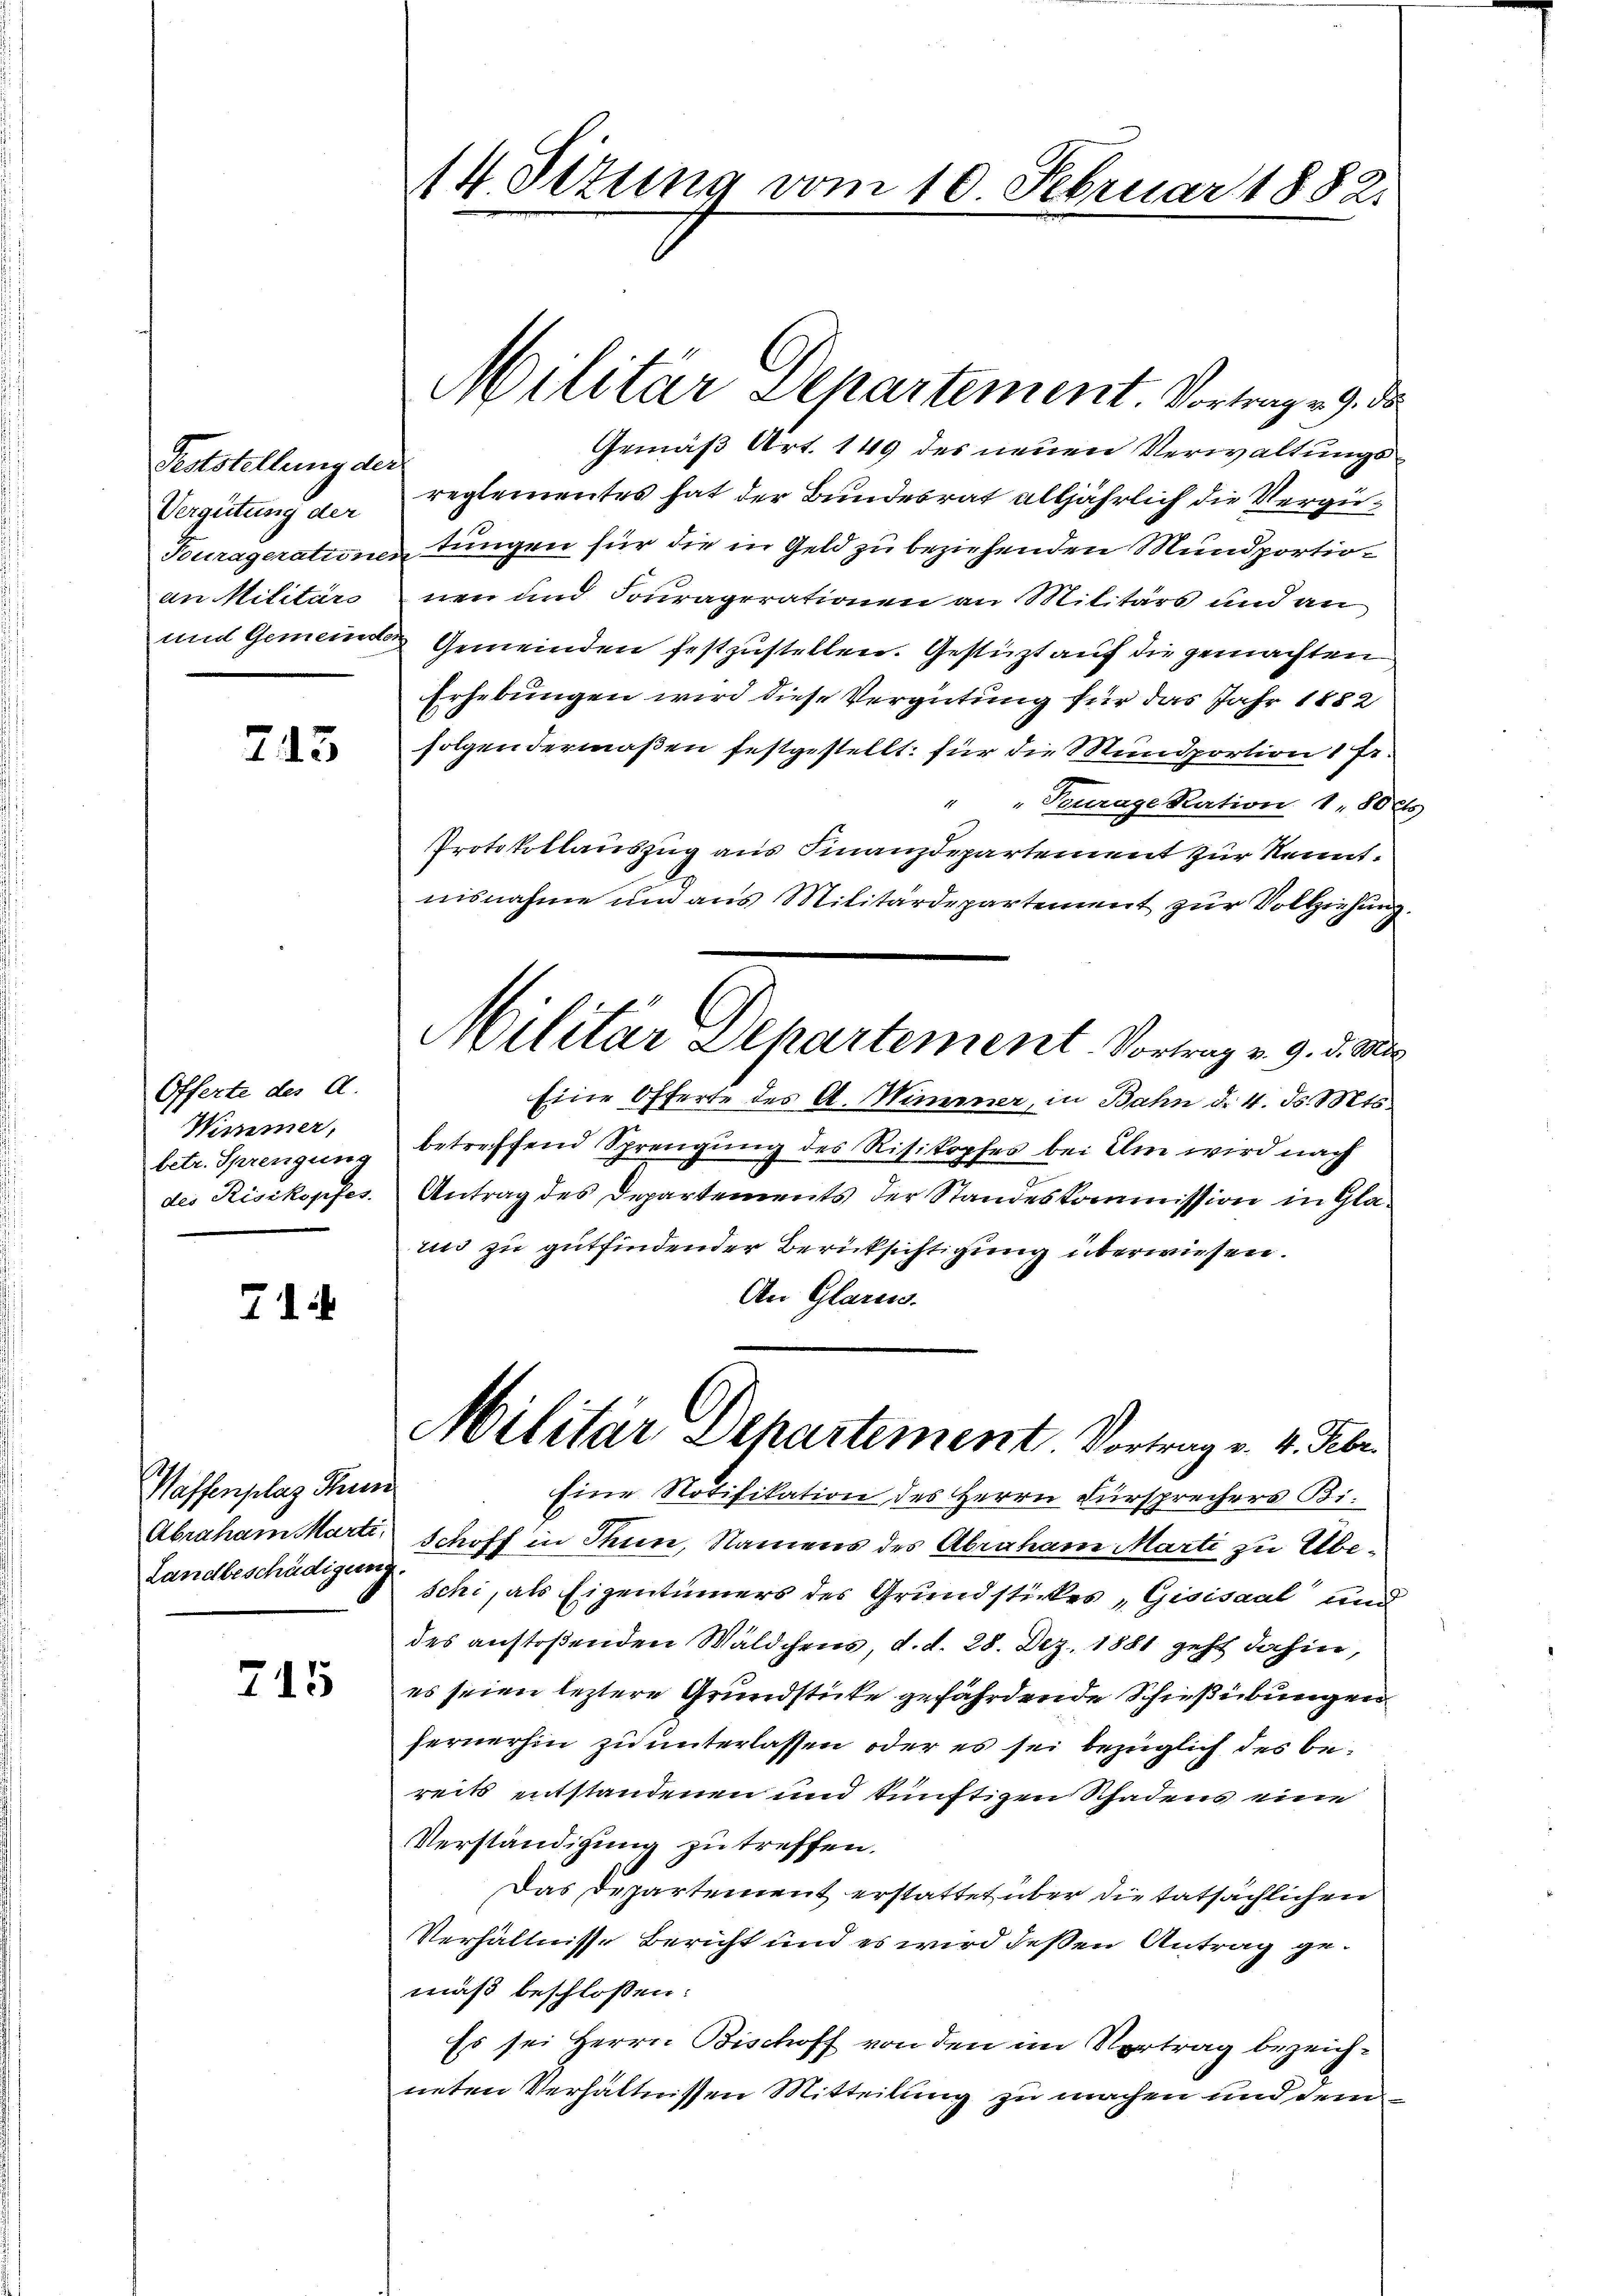
Feststellung der
Vergütung der
an Militärs

713

Offerte des A.
Wimmer,
betr. Sprengung
des Risikopfes.

71

Waffenplaz Thun
Abraham Marti
Landbeschädigung

715

14 Sizung vom 10. Februar 1882.

Militär Departement Vortragen 9. d.
Gemäß Art. 149 des neuen Verwaltungsreglementes hat der Bundesrat alljährlich die Vergü¬
Fourageratione Lungen für die in Geld zu beziehenden Mundportionen und Fouraperationen an Militärs und an
und Gemeinde Gemeinden festzustellen. Gestützt auf die gemachten
Erhebungen wird diese Vergütung für das Jahr 1882
folgendermaßen festgestellt: für die Mundportion 1 Fr.
" " Seurage kation 1, 80 et
Protokollauszug aus Finanzdepartement zur Kenntnisnahme und aus Militärdepartement zur Vollziehung.
Eine Offerte des A. Minner, in Bahn d. 4. d. Mts.
betreffend Sprengung des Risikopfes bei Um wird nach
Antrag des Departements der Standeskommission in Glaun zu gutfindender Berücksichtigung überwiesen.
An Glaren.
Militar Departement. Vortrag v. 4. Febr.
Eine Notifikation des Herrn Fürsprechers Bi
Schoff in Thun, Namens des Abraham Marti zu Übeschi, als Eigentümers des Grundstickes, Gisisaal und
des anstoßenden Wäldchens, d. d. 28. Dez. 1881 geht dahin,
es seien leztere Grundstücke gefährdende Schießübungen
fernerhin zu unterlassen, oder es sei bezüglich des bereits entstandenen und künftigen Schadens eine
Verständigung zu treffen.
Das Departement erstattet über die tatsächlichen
Verhältnisse Bericht und es wird deßen Antrag gemäß beschlossen:
Es sei Herrn Bischoff von den im Vertrag bezeichneten Verhältnissen Mitteilung zu machen und dem

Militar Departement. Vortrag v. 9. d. M.